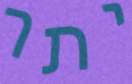
יתר